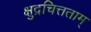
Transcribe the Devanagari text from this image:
क्षुद्रचित्तताम्